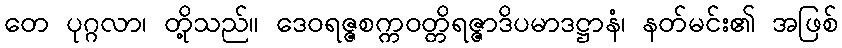
တေ ပုဂ္ဂလာ၊ တို့သည်။ ဒေဝရဇ္ဇစက္ကဝတ္တိရဇ္ဇာဒိပမာဒဋ္ဌာနံ၊ နတ်မင်း၏ အဖြစ်